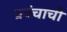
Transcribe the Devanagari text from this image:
प्रपंचाची